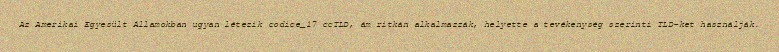
Az Amerikai Egyesült Államokban ugyan létezik codice_17 ccTLD, ám ritkán alkalmazzák, helyette a tevékenység szerinti TLD-ket használják.